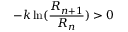
- k \ln ( { \frac { R _ { n + 1 } } { R _ { n } } } ) > 0